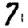
Digit: 7